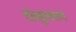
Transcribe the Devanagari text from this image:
दोखुरवाला